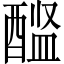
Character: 𨡼